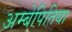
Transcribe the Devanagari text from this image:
अम्बेपितिया